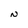
Character: N